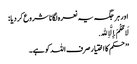
اور ہر جگہ یہ نعرہ لگانا شروع کر دیا :
لَا حُکْمَ إِلَّا ِﷲ.
’’حکم کا اختیار صرف اللہ کو ہے۔